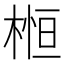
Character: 𣕲